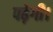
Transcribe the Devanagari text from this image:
पढ़ेगी।